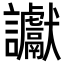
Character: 讞